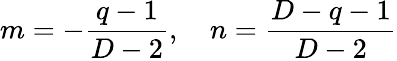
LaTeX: m=-\frac{q-1}{D-2},\quad n=\frac{D-q-1}{D-2}